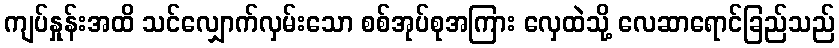
ကျပ်နှုန်းအထိ သင်လျှောက်လှမ်းသော စစ်အုပ်စုအကြား လှေထဲသို့ လေဆာရောင်ခြည်သည်